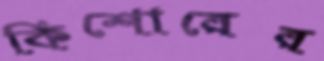
কিশোরের